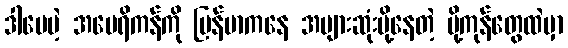
ဒါပေမဲ့ အမေရိကန်ကို မြန်မာကနေ အများဆုံးပို့နေတဲ့ ပို့ကုန်တွေထဲမှာ